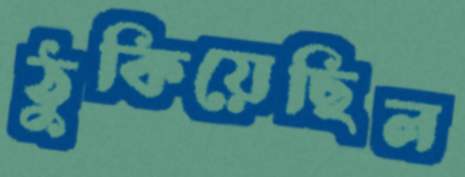
ঠুকিয়েছিল